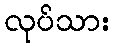
လုပ်သား